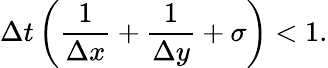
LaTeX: \Delta t\left(\frac{1}{\Delta x}+\frac{1}{\Delta y}+\sigma\right)<1.